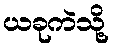
ယခုကဲသို့